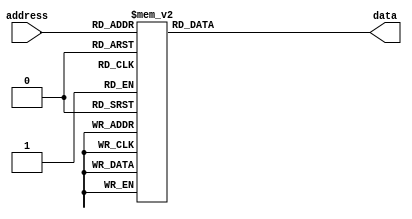
// This program was cloned from: https://github.com/FPGADude/Digital-Design
// License: GNU General Public License v3.0


module rom(
	input  [3:0] address,
	output reg [7:0] data
);

	always @(*)
		case(address)
			4'h0 : data = 8'h00;
			4'h1 : data = 8'h11;
			4'h2 : data = 8'h22;
			4'h3 : data = 8'h33;
			4'h4 : data = 8'h44;
			4'h5 : data = 8'h55;
			4'h6 : data = 8'h66;
			4'h7 : data = 8'h77;
			4'h8 : data = 8'h88;
			4'h9 : data = 8'h99;
			4'ha : data = 8'haa;
			4'hb : data = 8'hbb;
			4'hc : data = 8'hcc;
			4'hd : data = 8'hdd;
			4'he : data = 8'hee;
			4'hf : data = 8'hff;
		endcase

endmodule